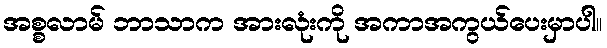
အစ္စလာမ် ဘာသာက အားလုံးကို အကာအကွယ်ပေးမှာပါ။